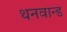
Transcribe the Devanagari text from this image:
थनवान्ड